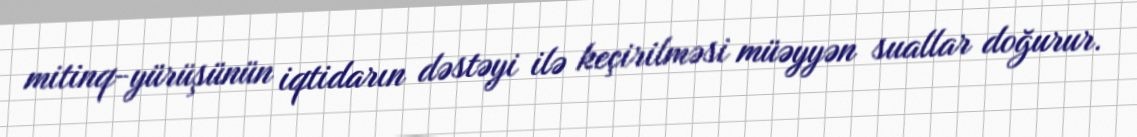
mitinq-yürüşünün iqtidarın dəstəyi ilə keçirilməsi müəyyən suallar doğurur.